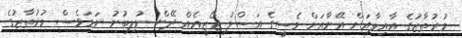
މުރުތާޒުގެ އާއިލާއަށް އޭނާއަށް މެސީގެ އަސްލު ޖޯޒީއެއް ދޭން ނުލިބުނު ނަމަވެސް މުރުތާޒުގެ